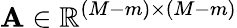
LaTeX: \mathbf{A}\in\mathbb{R}^{(M-m)\times(M-m)}